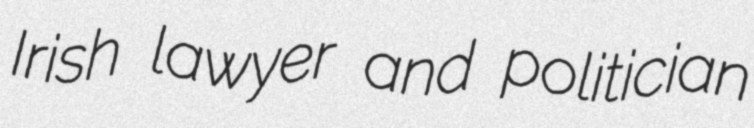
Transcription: Irish lawyer and politician